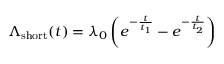
\Lambda _ { \mathrm { s h o r t } } ( t ) = \lambda _ { 0 } \left( e ^ { - \frac { t } { t _ { 1 } } } - e ^ { - \frac { t } { t _ { 2 } } } \right)